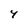
Character: 4